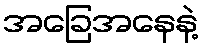
အခြေအနေနဲ့